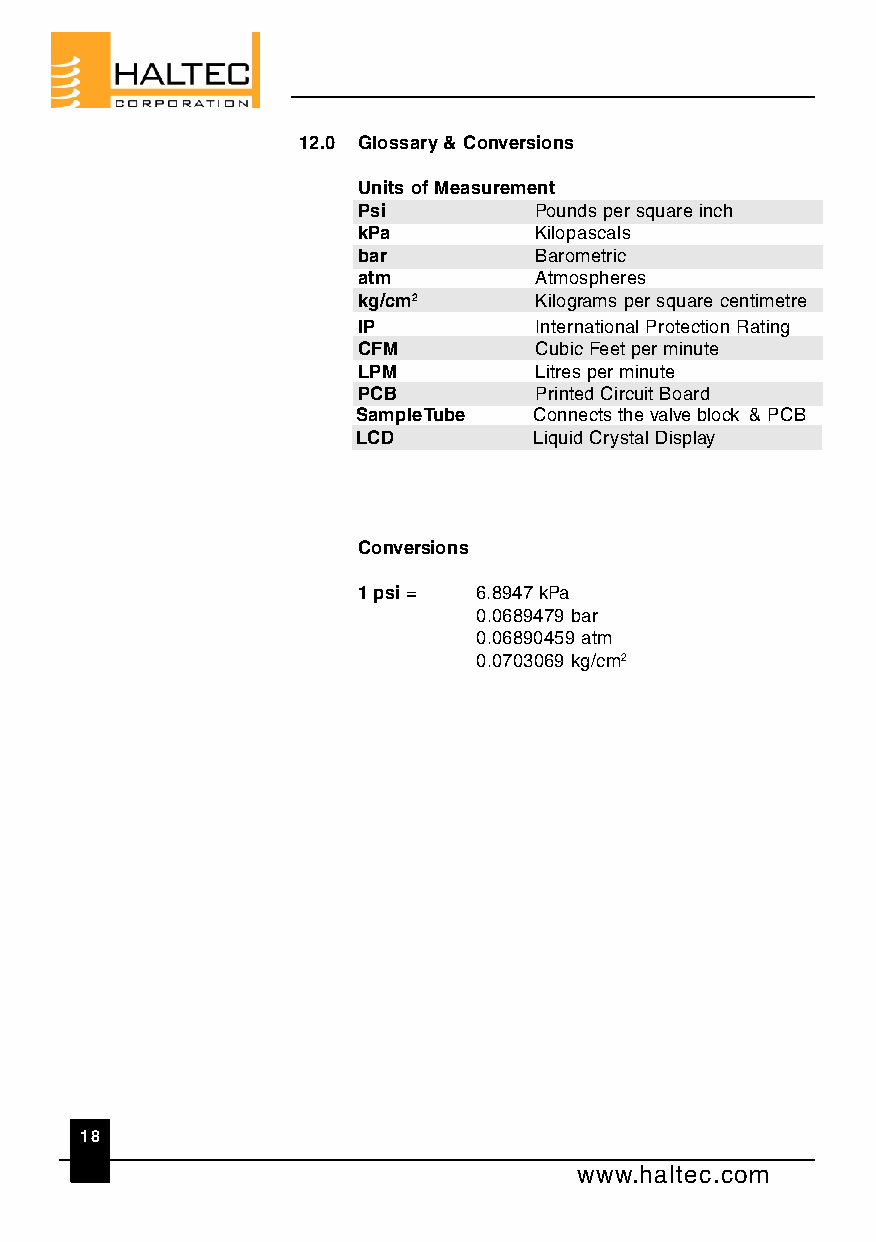
12.0 Glossary & Conversions
 Units of Measurement
 Psi        Pounds per square inch
 kPa        Kilopascals
 bar        Barometric
 atm        Atmospheres
 kg/cm2     Kilograms per square centimetre
 IP         International Protection Rating
 CFM        Cubic Feet per minute
 LPM        Litres per minute
 PCB        Printed Circuit Board
 Sample Tube Connects the valve block & PCB
 LCD        Liquid Crystal Display
 Conversions
 1 psi = 6.8947 kPa
 0.0689479 bar
 0.06890459 atm
 0.0703069 kg/cm2
 18
 www.haltec.com